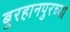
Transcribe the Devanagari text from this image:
बुरहानपुरच्या